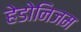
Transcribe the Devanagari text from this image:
हेडोनिजम